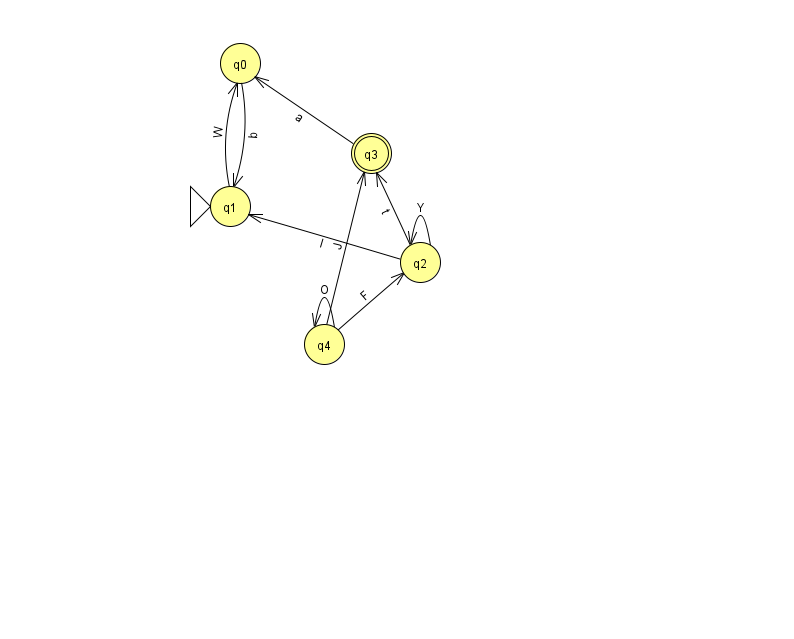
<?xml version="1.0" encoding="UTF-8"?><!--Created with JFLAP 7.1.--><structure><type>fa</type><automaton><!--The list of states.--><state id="0" name="q0"><x>240.0</x><y>50.0</y></state><state id="1" name="q1"><x>230.0</x><y>193.0</y><initial/></state><state id="2" name="q2"><x>420.0</x><y>249.0</y></state><state id="3" name="q3"><x>371.0</x><y>140.0</y><final/></state><state id="4" name="q4"><x>324.0</x><y>331.0</y></state><!--The list of transitions.--><transition><from>0</from><to>1</to><read>b</read></transition><transition><from>4</from><to>3</to><read>J</read></transition><transition><from>1</from><to>0</to><read>W</read></transition><transition><from>4</from><to>2</to><read>F</read></transition><transition><from>2</from><to>1</to><read>l</read></transition><transition><from>2</from><to>2</to><read>Y</read></transition><transition><from>3</from><to>0</to><read>a</read></transition><transition><from>2</from><to>3</to><read>t</read></transition><transition><from>4</from><to>4</to><read>O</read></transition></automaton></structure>